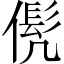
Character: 𱏍